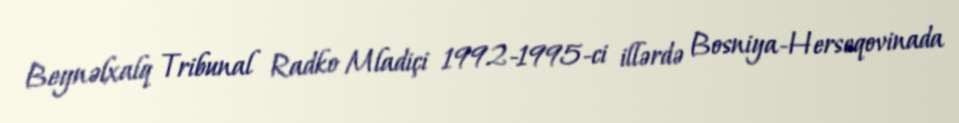
Beynəlxalq Tribunal Radko Mladiçi 1992-1995-ci illərdə Bosniya-Herseqovinada